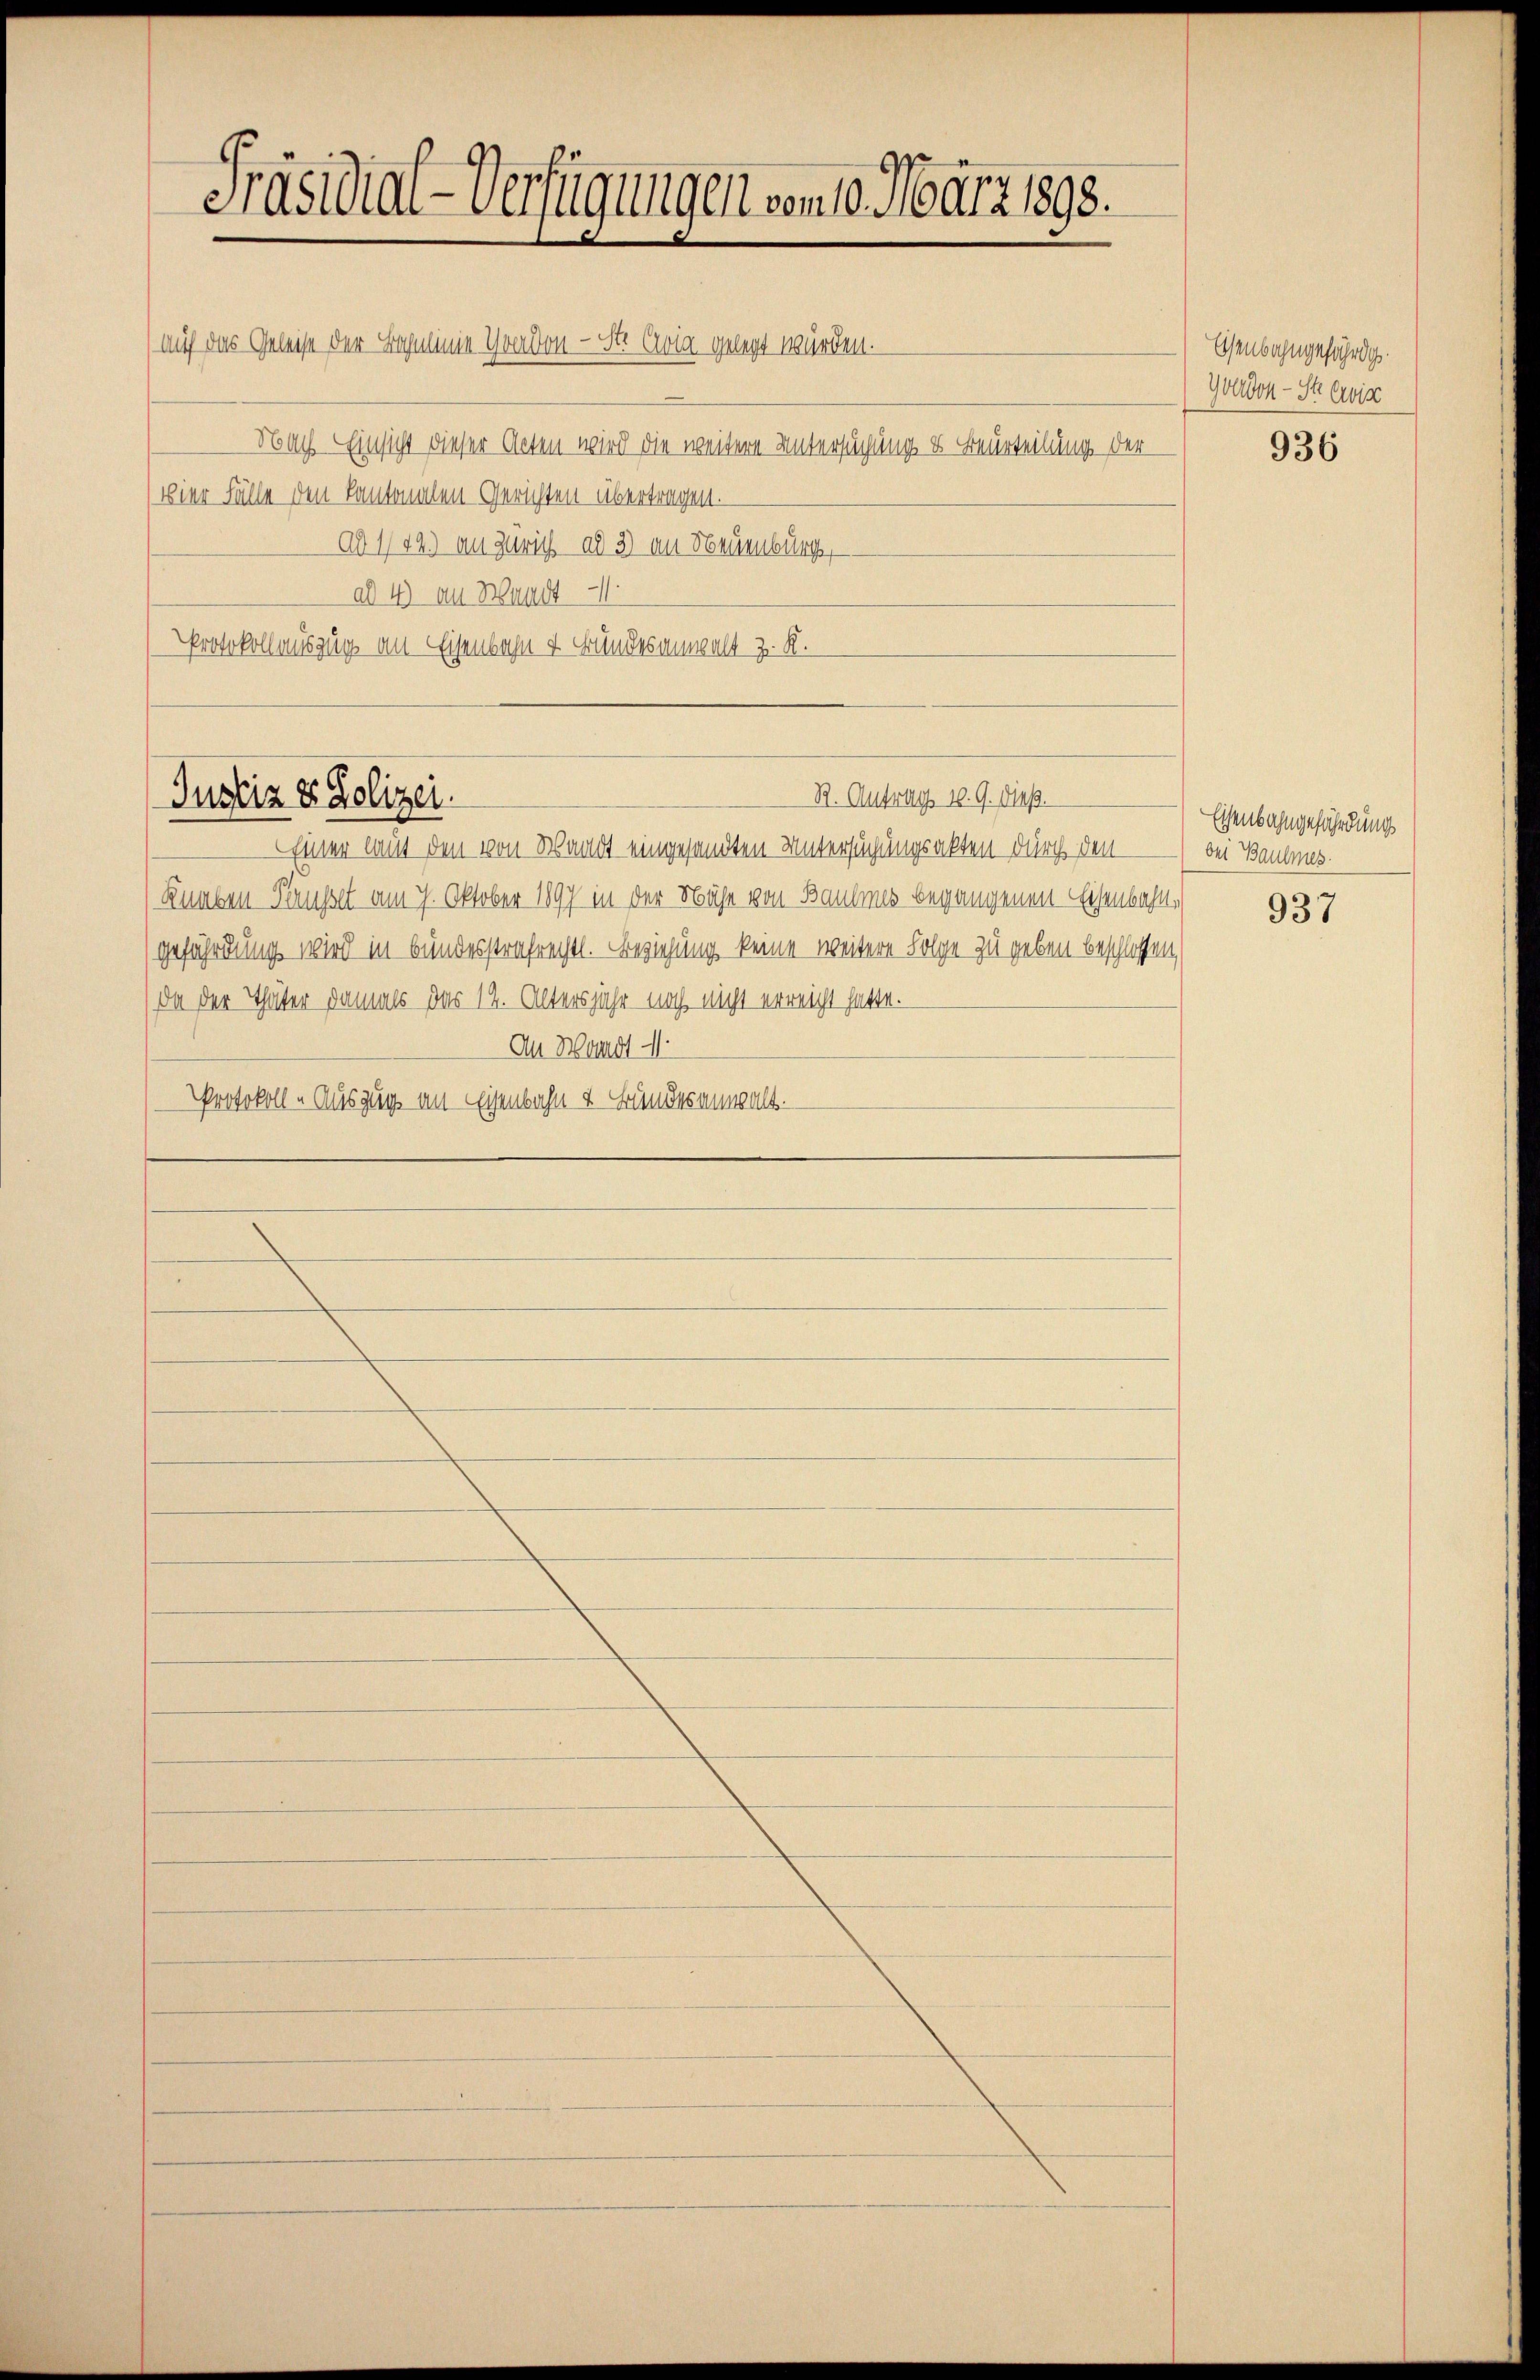
Präsidial-Verfügungen vom 10. März 1893.

) auf das Geleise der Beyminie Graden - St. Avia gelegt würden.
Nach Einsicht dieser Acten wird die weitere Untersuchung & Beurteilung der
(vier Fälle den kantonalen Gerichten übertragen.
Ad 142.) an Zürich ad 3) an Neuenburg,
ad 4) an Waadt 1
Protokollauszug an Eisenbahn & Bundesanwalt z. R.

R. Antrag 10. G. dieß.
Justiz & Polizei.

Einer laut den von Waadt eingesandten Untersuchungsakten durch den
Knaben Pauser am 7. Oktober 1897 in der Nähe von Baumes begangenen Eisenbahngeführdung wird in bundesstrafrechtl. Beziehung keine weitere Folge zu geben beschlossen,
da der Thäter damals das 14. Altersjahr noch nicht erreicht hatte.
An Waadt
Protokoll - Auszug an Eisenbahn & Bundes einwalt.

Osenbahngefährdg.
Yverdon - Strewis

936

Esenbahngefährdung
bei Baumes.

937